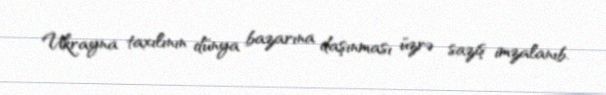
Ukrayna taxılının dünya bazarına daşınması üzrə saziş imzalanıb.